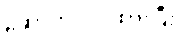
ဆောက်လုပ်ထားပြီး